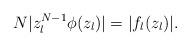
LaTeX: \begin{align*} N |z_l^{N-1} \phi(z_l)| = |f_l(z_l)|.\end{align*}